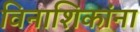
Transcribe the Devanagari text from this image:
विनाशिकांना